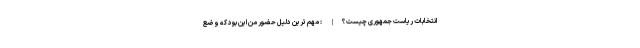
انتخابات ریاست جمهوری چیست؟}: مهم ترین دلیل حضور من این بود که وضع